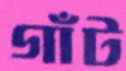
গাঁট